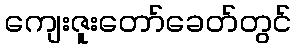
ကျေးဇူးတော်ခေတ်တွင်